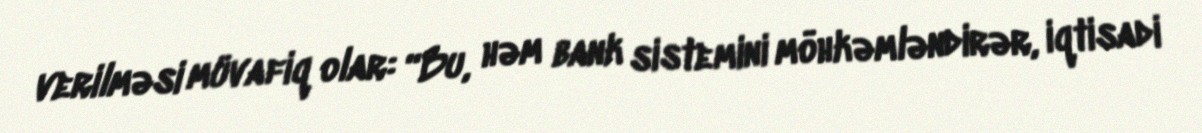
verilməsi müvafiq olar: “Bu, həm bank sistemini möhkəmləndirər, iqtisadi